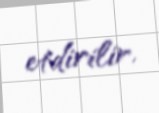
etdirilir.